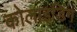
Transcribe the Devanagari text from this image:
कोलाइडिंग